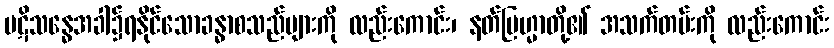
ပဋိသန္ဓေအခါ၌ရနိုင်သောခန္ဓာစသည်များကို လည်းကောင်း၊ နတ်ဗြဟ္မာတို့၏ အသက်တမ်းကို လည်းကောင်း